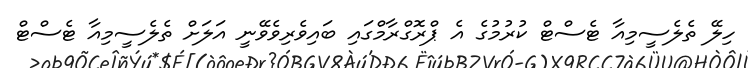
ހިލޭ ތެލެސީމިއާ ޓެސްޓް ކުރުމުގެ އެ ޕްރޮގްރާމްގައި ބައިވެރިވެވޭނީ އަލަށް ތެލެސީމިއާ ޓެސްޓް